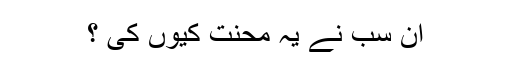
ان سب نے یہ محنت کیوں کی ؟